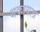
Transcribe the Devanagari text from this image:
थकायला